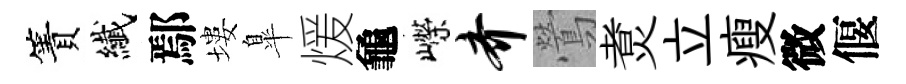
簀纎鄢塿臯煖龜嶸齐鶯煑立瘦微偃